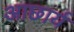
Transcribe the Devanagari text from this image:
आछार्य